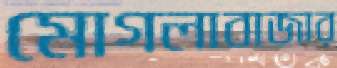
মোগলাবাজার